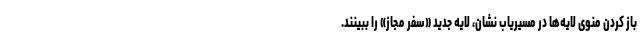
باز کردن منوی لایه‌ها در مسیریاب نشان، لایه جدید «سفر مجاز» را ببینند.